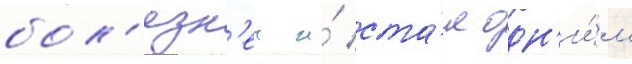
бол'езн'еи и́ ста́л одн'и́м